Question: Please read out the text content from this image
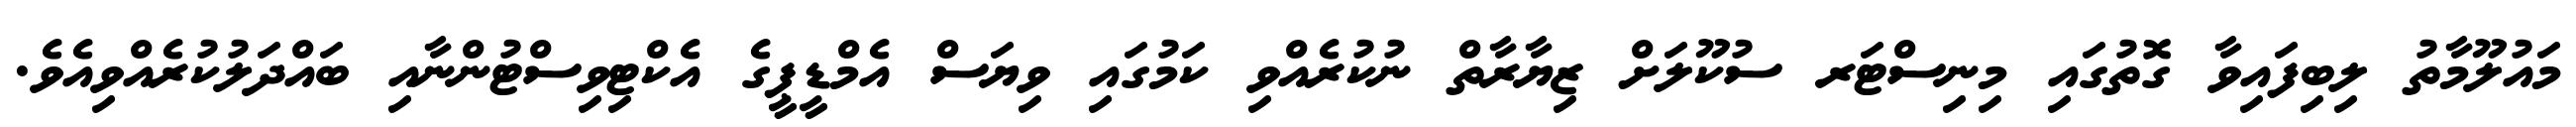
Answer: މައުލޫމާތު ލިބިފައިވާ ގޮތުގައި މިނިސްޓަރ ސުކޫލަށް ޒިޔާރާތް ނުކުރެއްވި ކަމުގައި ވިޔަސް އެމްޑީޕީގެ އެކްޓިވިސްޓުންނާއި ބައްދަލުކުރެއްވިއެވެ.